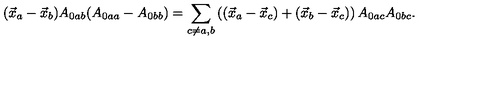
( \vec { x } _ { a } - \vec { x } _ { b } ) A _ { 0 a b } ( A _ { 0 a a } - A _ { 0 b b } ) = \displaystyle { \sum _ { c \neq a , b } \left( ( \vec { x } _ { a } - \vec { x } _ { c } ) + ( \vec { x } _ { b } - \vec { x } _ { c } ) \right) A _ { 0 a c } A _ { 0 b c } } .